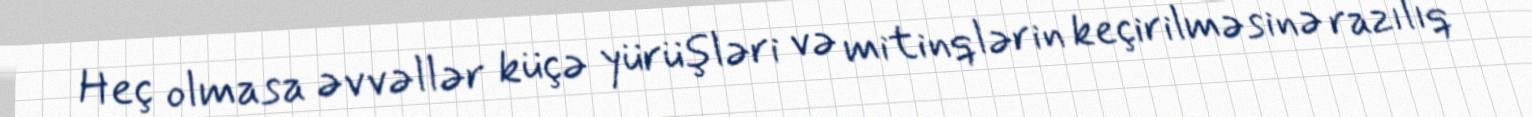
Heç olmasa əvvəllər küçə yürüşləri və mitinqlərin keçirilməsinə razılıq